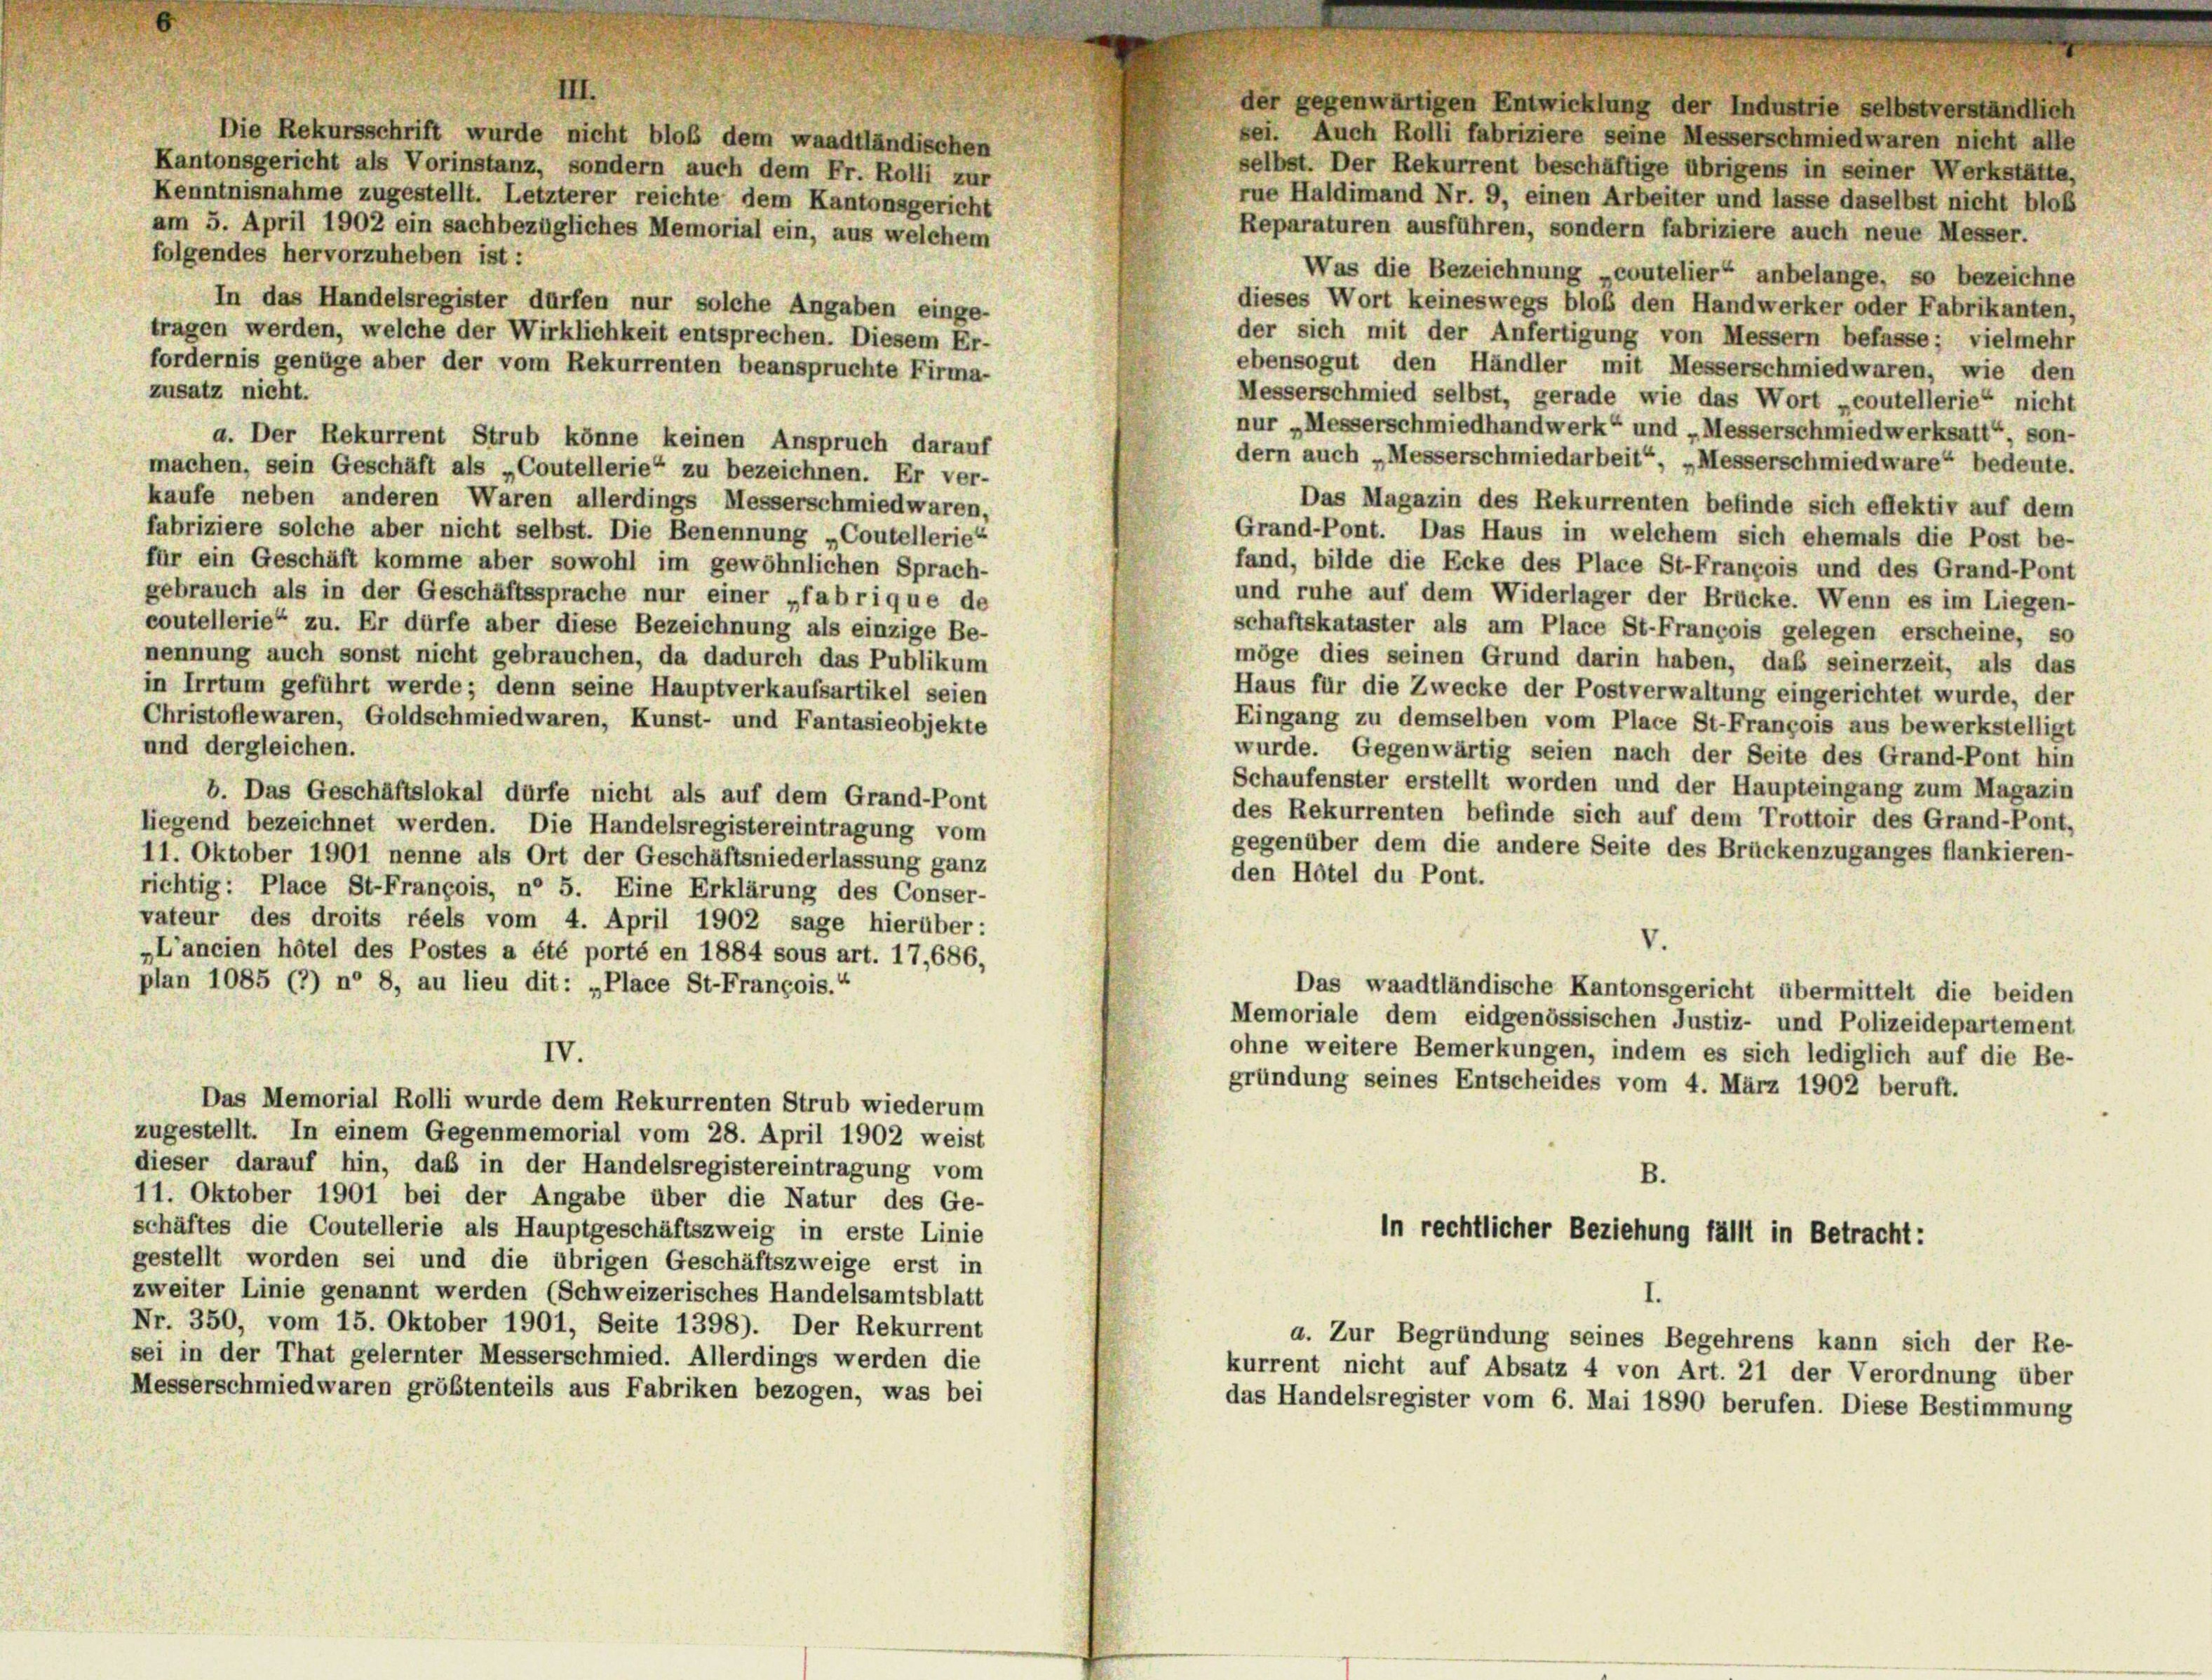
Kenntnisnahme zugestellt. Letzterer reichte dem Kantonsgericht
am 5. April 1902 ein sachbezügliches Memorial ein, aus welchem
folgendes hervorzuheben ist :
Was die Bezeichnung „coutelier“ anbelange, so bezeichne
In das Handelsregister dürfen nur solche Angaben einge-
dieses Wort keineswegs bloß den Handwerker oder Fabrikanten,
tragen werden, welche der Wirklichkeit entsprechen. Diesem Er-
der sich mit der Anfertigung von Messern befasse; vielmehr
fordernis genüge aber der vom Rekurrenten beanspruchte Firma-
ebensogut den Händler mit Messerschmiedwaren, wie den
zusatz nicht.
Messerschmied selbst, gerade wie das Wort „coutellerie“ nicht
nur „Messerschmiedhandwerk“ und „Messerschmiedwerksatt“, son-
a. Der Rekurrent Strub könne keinen Anspruch darauf
dern auch „Messerschmiedarbeit“, „Messerschmied ware“ bedeute.
machen, sein Geschäft als „Coutellerie“ zu bezeichnen. Er ver-
kaufe neben anderen Waren allerdings Messerschmied waren,
Das Magazin des Rekurrenten befinde sich effektiv auf dem
fabriziere solche aber nicht selbst. Die Benennung „Coutellerie“
Grand-Pont. Das Haus in welchem sich ehemals die Post be-
für ein Geschäft komme aber sowohl im gewöhnlichen Sprach-
fand, bilde die Ecke des Place St-François und des Grand-Pont
gebrauch als in der Geschäftssprache nur einer „fabrique de
und ruhe auf dem Widerlager der Brücke. Wenn es im Liegen-
coutellerie“ zu. Er dürfe aber diese Bezeichnung als einzige Be-
schaftskataster als am Place St-François gelegen erscheine, so
nennung auch sonst nicht gebrauchen, da dadurch das Publikum
möge dies seinen Grund darin haben, daß seinerzeit, als das
in Irrtum geführt werde; denn seine Hauptverkaufsartikel seien
Haus für die Zwecke der Postverwaltung eingerichtet wurde, der
Christoflewaren, Goldschmiedwaren, Kunst- und Fantasieobjekte
Eingang zu demselben vom Place St-François aus bewerkstelligt
und dergleichen.
wurde. Gegenwärtig seien nach der Seite des Grand-Pont hin
Schaufenster erstellt worden und der Haupteingang zum Magazin
b. Das Geschäftslokal dürfe nicht als auf dem Grand-Pont
des Rekurrenten befinde sich auf dem Trottoir des Grand-Pont,
liegend bezeichnet werden. Die Handelsregistereintragung vom
gegenüber dem die andere Seite des Brückenzuganges flankieren-
11. Oktober 1901 nenne als Ort der Geschäftsniederlassung ganz
den Hotel du Pont.
richtig: Place St-François, n° 5. Eine Erklärung des Conser-
vateur des droits réels vom 4. April 1902 sage hierüber:
„L’ancien hôtel des Postes a été porté en 1884 sous art. 17, 686,
plan 1085 (7) n° 8, au lieu dit: „Place St-François.“
Das waadtländische Kantonsgericht übermittelt die beiden
Memoriale dem eidgenössischen Justiz- und Polizeidepartement
ohne weitere Bemerkungen, indem es sich lediglich auf die Be-
IV.
gründung seines Entscheides vom 4. März 1902 beruft.
Das Memorial Rolli wurde dem Rekurrenten Strub wiederum
zugestellt. In einem Gegenmemorial vom 28. April 1902 weist
dieser darauf hin, daß in der Handelsregistereintragung vom
11. Oktober 1901 bei der Angabe über die Natur des Ge-
schäftes die Coutellerie als Hauptgeschäftszweig in erste Linie
in rechtlicher Beziehung fällt in Betracht:
gestellt worden sei und die übrigen Geschäftszweige erst in
zweiter Linie genannt werden (Schweizerisches Handelsamtsblatt
Nr. 350, vom 15. Oktober 1901, Seite 1398). Der Rekurrent
a. Zur Begründung seines Begehrens kann sich der Re-
sei in der That gelernter Messerschmied. Allerdings werden die
kurrent nicht auf Absatz 4 von Art. 21 der Verordnung über
Messerschmiedwaren größtenteils aus Fabriken bezogen, was bei
das Handelsregister vom 6. Mai 1890 berufen. Diese Bestimmung

III.
Die Rekursschrift wurde nicht bloß dem waadtländischen
Kantonsgericht als Vorinstanz, sondern auch dem Fr. Rolli zur

der gegenwärtigen Entwicklung der Industrie selbstverständlich
sei. Auch Rolli fabriziere seine Messerschmiedwaren nicht alle
selbst. Der Rekurrent beschäftige übrigens in seiner Werkstätte,
rue Haldimand Nr. 9, einen Arbeiter und lasse daselbst nicht bloß
Reparaturen ausführen, sondern fabriziere auch neue Messer.